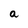
Character: a